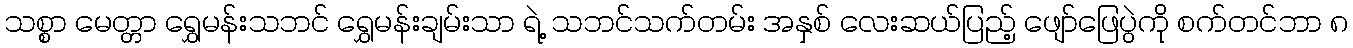
သစ္စာ မေတ္တာ ရွှေမန်းသဘင် ရွှေမန်းချမ်းသာ ရဲ့ သဘင်သက်တမ်း အနှစ် လေးဆယ်ပြည့် ဖျော်ဖြေပွဲကို စက်တင်ဘာ ၈